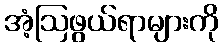
အံ့ဩဖွယ်ရာများကို